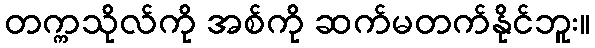
တက္ကသိုလ်ကို အစ်ကို ဆက်မတက်နိုင်ဘူး။